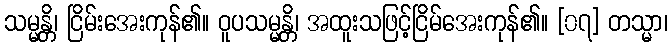
သမ္မန္တိ၊ ငြိမ်းအေးကုန်၏။ ဝူပသမ္မန္တိ၊ အထူးသဖြင့်ငြိမ်အေးကုန်၏။ [၀၇] တသ္မာ၊